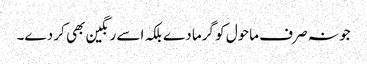
جو نہ صرف ماحول کو گرما دے بلکہ اسے رنگین بھی کر دے۔